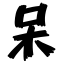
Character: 呆